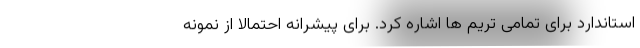
استاندارد برای تمامی تریم ها اشاره کرد. برای پیشرانه احتمالا از نمونه